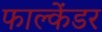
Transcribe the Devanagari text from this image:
फाल्केंडर